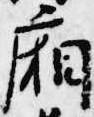
廂